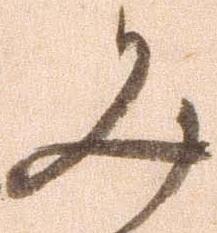
み